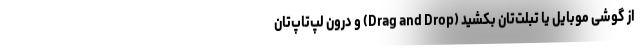
از گوشی موبایل یا تبلت‌تان بکشید (Drag and Drop) و درون لپ‌تاپ‌تان